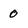
Character: 0